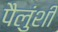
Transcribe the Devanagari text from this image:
पैलुंशी